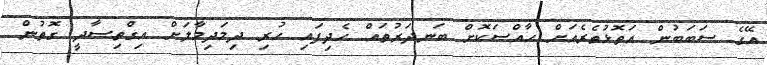
އޭގެ ސަބަބުން އަތޮޅުތެރެއަށް ހާއްސަކޮށް ބަނދަރުތައް ހެދިފައި ހުރި ދިމަދިމާލަށް އިގްތިސާދީ ގޮތުން